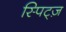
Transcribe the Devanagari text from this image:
स्पिट्ज़